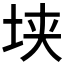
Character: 𰉥